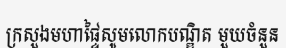
ក្រសួងមហាផ្ទៃសូមលោកបណ្ឌិត មួយចំនួន